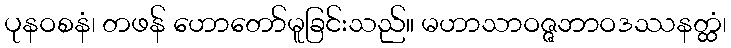
ပုနဝစနံ၊ တဖန် ဟောတော်မူခြင်းသည်။ မဟာသာဝဇ္ဇဘာဝဒဿနတ္ထံ၊